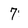
Character: 7